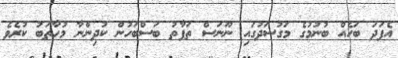
އެފަދަ ބަހެއް ބުނުމުގެ މަގުސަދުގައި ނޫނަސް ތަފާތު ބަސްބަހުން ކުދިންނާ މުހާތަބު ކުރެވެ